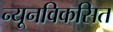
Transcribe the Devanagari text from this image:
न्यूनविकसित